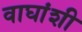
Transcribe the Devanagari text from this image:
वाघांशी